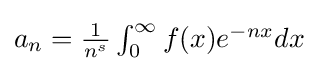
{\textstyle a_{n}={\frac {1}{n^{s}}}\int _{0}^{\infty }f(x)e^{-nx}dx}